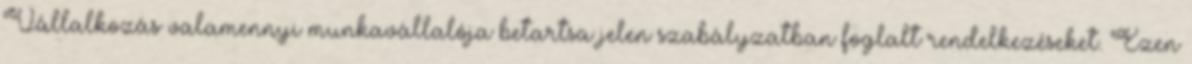
Vállalkozás valamennyi munkavállalója betartsa jelen szabályzatban foglalt rendelkezéseket. Ezen